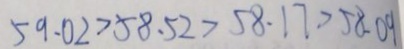
5 9 . 0 2 > 5 8 . 5 2 > 5 8 . 1 7 > 5 8 . 0 9